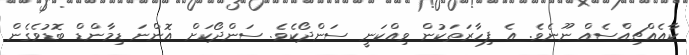
ކާއެއްޗިއްސެއް ނޫނެވެ. އެ ފިހާރަތަކުން ވިއްކަނީ ސަންދޯކެވެ. ސަންދޯކަށް އޮންނަ ޑިމާންޑް ބޮޑުވެގެން